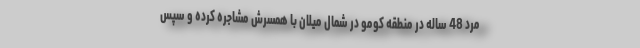
مرد 48 ساله در منطقه کومو در شمال میلان با همسرش مشاجره کرده و سپس